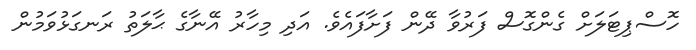
ހޮސްޕިޓަލަށް ގެންގޮސް ފަރުވާ ދޭން ފަށާފައެވެ. އަދި މިހާރު އޭނާގެ ޙާލަތު ރަނގަޅުވަމުން